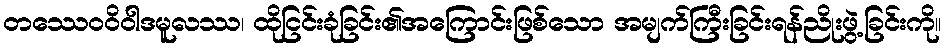
တဿေဝဝိဝါဒမူလဿ၊ ထိုငြင်းခုံခြင်း၏အကြောင်းဖြစ်သော အမျက်ကြီးခြင်းရန်ညိုးဖွဲ့ခြင်းကို။